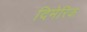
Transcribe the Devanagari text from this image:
दिमेरिक